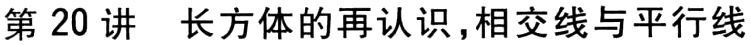
第20讲 长方体的再认识,相交线与平行线